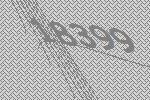
18399